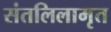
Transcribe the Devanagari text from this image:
संतलिलामृत